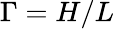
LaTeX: \Gamma=H/L